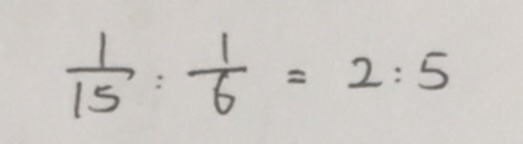
\frac { 1 } { 1 5 } : \frac { 1 } { 6 } = 2 : 5